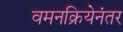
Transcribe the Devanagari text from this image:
वमनक्रियेनंतर